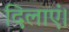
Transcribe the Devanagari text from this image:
दिलाएं।